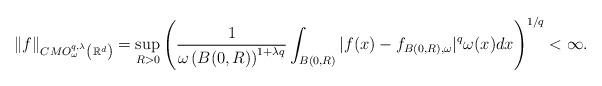
LaTeX: \begin{align*}\|f\|_{{CMO}^{q,\lambda}_{\omega}\left(\mathbb R^d \right)} =\sup\limits_{R>0}\left(\frac{1}{\omega\left(B(0,R)\right)^{1+\lambda q}}\int_{B(0,R)}|f(x)-f_{B(0,R),\omega}|^q\omega(x)dx\right)^{1/q}<\infty.\end{align*}